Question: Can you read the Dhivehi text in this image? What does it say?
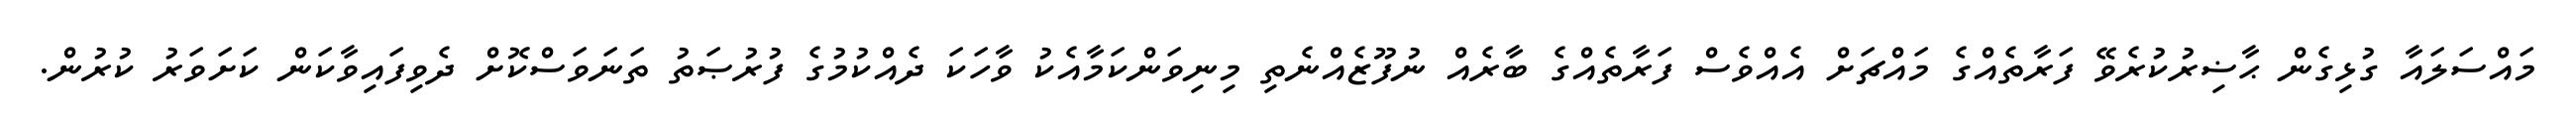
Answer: މައްސަލައާ ގުޅިގެން ޙާޟިރުކުރެވޭ ފަރާތެއްގެ މައްޗަށް އެއްވެސް ފަރާތެއްގެ ބާރެއް ނުފޫޒެއްނެތި މިނިވަންކަމާއެކު ވާހަކަ ދެއްކުމުގެ ފުރުޞަތު ތަނަވަސްކޮށް ދެވިފައިވާކަން ކަށަވަރު ކުރުން.